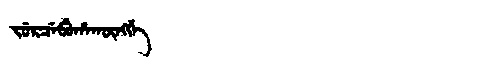
Manchu: ᠵᡠᡵᠴᡝᠪᡠᡥᠠᡴᡡᠩᡤᡝ
Romanization: JURCEBUHAKŪNGGE